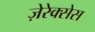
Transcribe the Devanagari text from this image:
ज़ेरेक्सेस